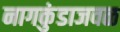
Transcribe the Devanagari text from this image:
नागकुंडाजवळ